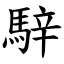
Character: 騂